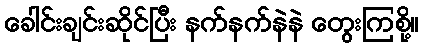
ခေါင်းချင်းဆိုင်ပြီး နက်နက်နဲနဲ တွေးကြစို့။